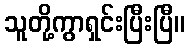
သူတို့ကွာရှင်းပြီးပြီ။